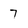
Character: 7